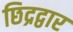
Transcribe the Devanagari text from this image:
छिद्रद्वार